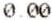
0.00